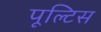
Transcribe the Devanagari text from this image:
पूल्टिस